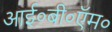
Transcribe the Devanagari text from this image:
आई०बी०ऍम०